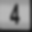
Digit: 4